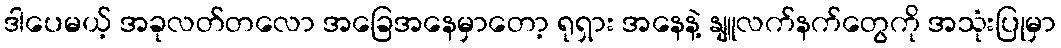
ဒါပေမယ့် အခုလတ်တလော အခြေအနေမှာတော့ ရုရှား အနေနဲ့ နျူလက်နက်တွေကို အသုံးပြုမှာ